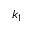
k _ { 1 }